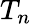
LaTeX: T_{n}